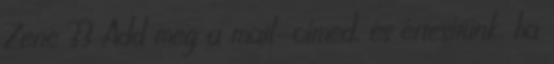
Zene 33 Add meg a mail-címed, és értesítünk, ha